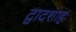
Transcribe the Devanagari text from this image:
द्वादशाहः